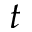
t